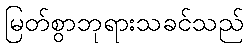
မြတ်စွာဘုရားသခင်သည်